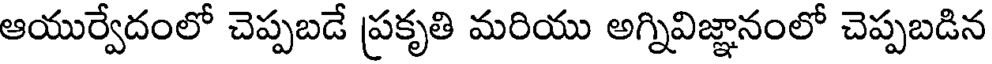
ఆయుర్వేదంలో చెప్పబడే ప్రకృతి మరియు అగ్నివిజ్ఞానంలో చెప్పబడిన